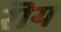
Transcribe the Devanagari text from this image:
रॊय